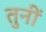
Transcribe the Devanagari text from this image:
तुनीं